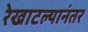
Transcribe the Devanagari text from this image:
रेखाटल्यानंतर